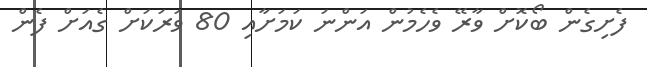
ފެށިގެން ބޯކޮށް ވާރޭ ވެހެމުން އަންނަ ކަމަށާއި 80 ވަރަކަށް ގެއަށް ފެން